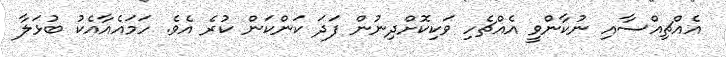
އެއްޗިއްސާއި ނުކާންވީ އެއްޗެހި ވަކިކޮށްދިނުން ފަދަ ކަންކަން ކުރެ އެވެ. ހަމައެއާއެކު ބުޅަލާ